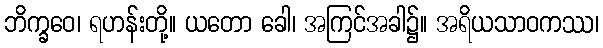
ဘိက္ခဝေ၊ ရဟန်းတို့။ ယတော ခေါ၊ အကြင်အခါ၌။ အရိယသာဝကဿ၊